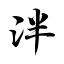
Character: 泮